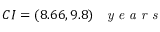
C I = ( 8 . 6 6 , 9 . 8 ) \; \textrm { \textit { y e a r s } }